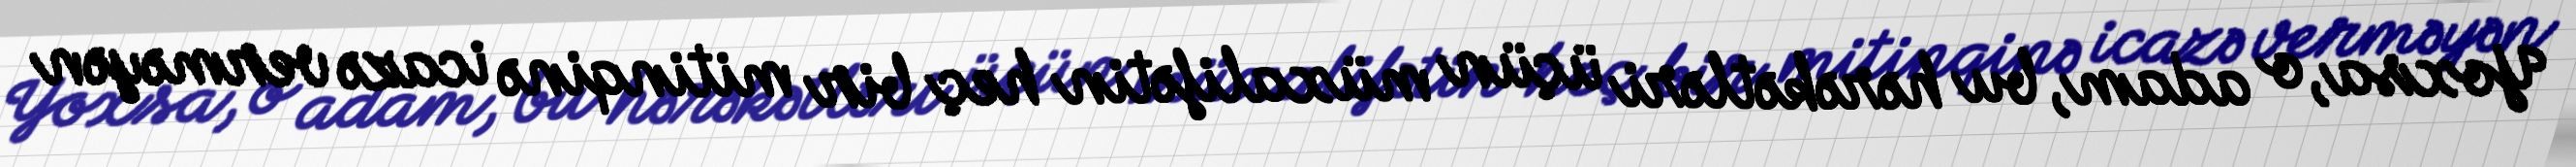
Yoxsa, o adam, bu hərəkətləri üçün müxalifətin heç bir mitinqinə icazə verməyən